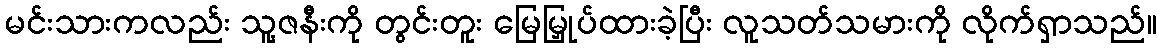
မင်းသားကလည်း သူ့ဇနီးကို တွင်းတူး မြေမြှုပ်ထားခဲ့ပြီး လူသတ်သမားကို လိုက်ရှာသည်။